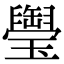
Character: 𤪭